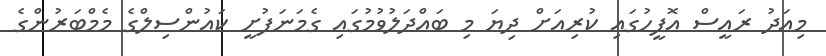
މިއަދު ރައީސް އޮފީހުގައި ކުރިއަށް ދިޔަ މި ބައްދަލުވުމުގައި ގެމަނަފުށީ ކައުންސިލްގެ މެމްބަރުންގެ